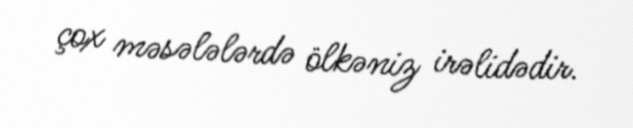
çox məsələlərdə ölkəniz irəlidədir.